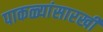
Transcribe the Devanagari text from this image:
पाकळ्यांसारखी